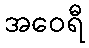
အဝေရီ